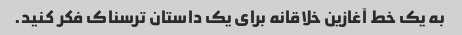
به یک خط آغازین خلاقانه برای یک داستان ترسناک فکر کنید.